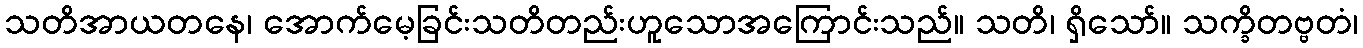
သတိအာယတနေ၊ အောက်မေ့ခြင်းသတိတည်းဟူသောအကြောင်းသည်။ သတိ၊ ရှိသော်။ သက္ခိတဗ္ဗတံ၊